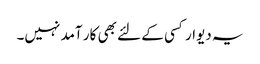
یہ دیوار کسی کے لئے بھی کار آمد نہیں۔